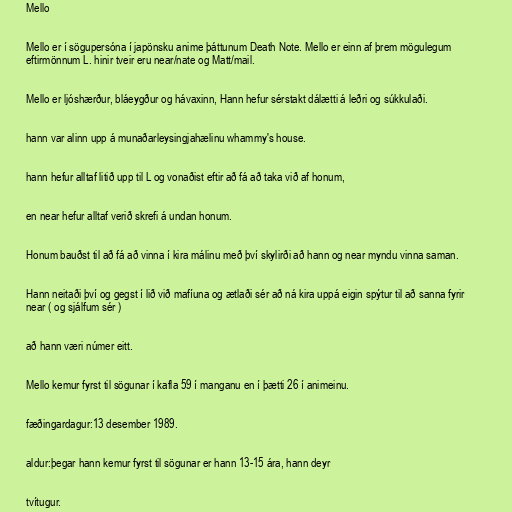
Mello

Mello er í sögupersóna í japönsku anime þáttunum Death Note. Mello er einn af þrem mögulegum
eftirmönnum L. hinir tveir eru near/nate og Matt/mail.

Mello er ljóshærður, bláeygður og hávaxinn, Hann hefur sérstakt dálætti á leðri og súkkulaði.

hann var alinn upp á munaðarleysingjahælinu whammy's house.

hann hefur alltaf litið upp til L og vonaðist eftir að fá að taka við af honum,

en near hefur alltaf verið skrefi á undan honum.

Honum bauðst til að fá að vinna í kira málinu með því skylirði að hann og near myndu vinna saman.

Hann neitaði því og gegst í lið við mafíuna og ætlaði sér að ná kira uppá eigin spýtur til að sanna fyrir
near ( og sjálfum sér )

að hann væri númer eitt.

Mello kemur fyrst til sögunar í kafla 59 í manganu en í þætti 26 í animeinu.

fæðingardagur:13 desember 1989.

aldur:þegar hann kemur fyrst til sögunar er hann 13-15 ára, hann deyr

tvítugur.